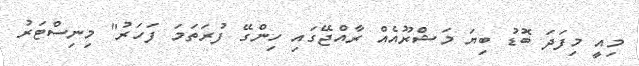
މިއީ މިފަދަ ބޮޑު ބިޔަ މަޝްރޫއެއް ރާއްޖޭގައި ހިންގޭ ފުރަތަމަ ފަހަރު" މިނިސްޓަރު